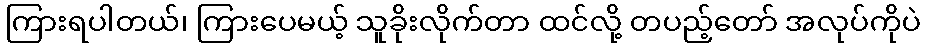
ကြားရပါတယ်၊ ကြားပေမယ့် သူခိုးလိုက်တာ ထင်လို့ တပည့်တော် အလုပ်ကိုပဲ